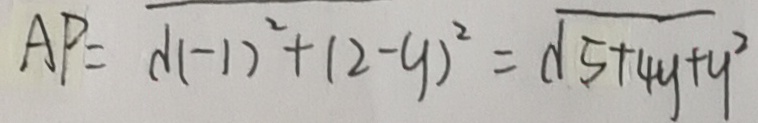
A P = \sqrt { ( - 1 ) ^ { 2 } + ( 2 - y ) ^ { 2 } } = \sqrt { 5 + 4 y + y ^ { 2 } }